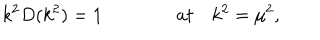
k ^ { 2 } D ( k ^ { 2 } ) = 1 \qquad \qquad a t \quad k ^ { 2 } = { \mu } ^ { 2 } ,